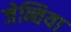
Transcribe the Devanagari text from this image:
जेन्तिया